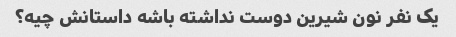
یک نفر نون شیرین دوست نداشته باشه داستانش چیه؟